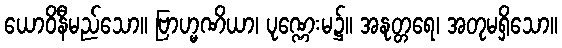
ယောဝိနီမည်သော။ ဗြာဟ္မဏိယာ၊ ပုဏ္ဏေးမ၌။ အနုတ္တရေ၊ အတုမရှိသော။